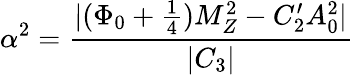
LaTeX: \alpha^{2}=\frac{|(\Phi_{0}+\frac{1}{4})M_{Z}^{2}-C_{2}^{\prime}A_{0}^{2}|}{|C_{3}|}